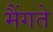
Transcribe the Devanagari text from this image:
मैंगते